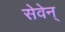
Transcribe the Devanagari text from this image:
सेवेन्